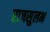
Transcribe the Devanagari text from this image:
राजसुलभ